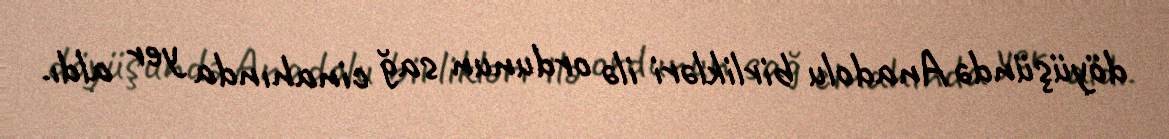
döyüşündə Anadolu birlikləri ilə ordunun sağ cinahında yer aldı.